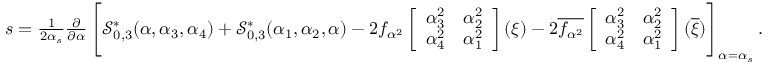
\begin{array} { r } { s = { \frac { 1 } { 2 \alpha _ { s } } } { \frac { \partial } { \partial \alpha } } \, \Bigg [ { \mathcal { S } _ { 0 , 3 } ^ { \ast } ( \alpha , \alpha _ { 3 } , \alpha _ { 4 } ) } + { \mathcal { S } _ { 0 , 3 } ^ { \ast } ( \alpha _ { 1 } , \alpha _ { 2 } , \alpha ) } - 2 f _ { \alpha ^ { 2 } } \left[ \begin{array} { l l } { \alpha _ { 3 } ^ { 2 } } & { \alpha _ { 2 } ^ { 2 } } \\ { \alpha _ { 4 } ^ { 2 } } & { \alpha _ { 1 } ^ { 2 } } \end{array} \right] ( \xi ) - 2 \overline { { f _ { \alpha ^ { 2 } } } } \left[ \begin{array} { l l } { \alpha _ { 3 } ^ { 2 } } & { \alpha _ { 2 } ^ { 2 } } \\ { \alpha _ { 4 } ^ { 2 } } & { \alpha _ { 1 } ^ { 2 } } \end{array} \right] ( \overline { { \xi } } ) \Bigg ] _ { \alpha = \alpha _ { s } } \, . } \end{array}